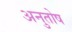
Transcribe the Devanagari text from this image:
अनुुतोष